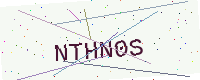
Text: NTHN0S